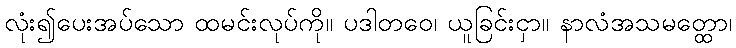
လုံး၍ပေးအပ်သော ထမင်းလုပ်ကို။ ပဒါတဝေ၊ ယူခြင်းငှာ။ နာလံအသမတ္ထော၊